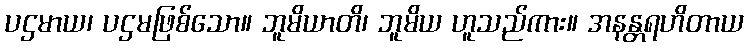
ပဌမာယ၊ ပဌမဖြစ်သော။ ဘူမိယာတိ၊ ဘူမိယ ဟူသည်ကား။ အနန္တရဟိတာယ